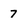
Character: 7